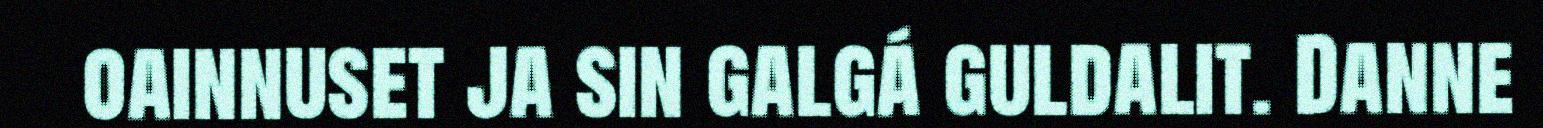
oainnuset ja sin galgá guldalit. Danne